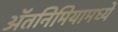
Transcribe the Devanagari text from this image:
ॲतनिमियामध्ये